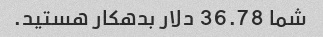
شما 36.78 دلار بدهکار هستید.